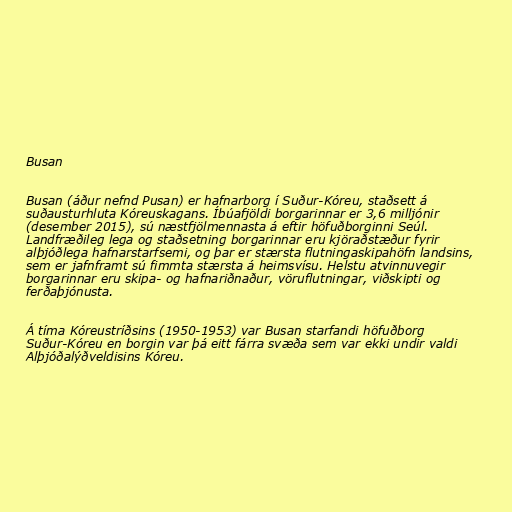
Busan

Busan (áður nefnd Pusan) er hafnarborg í Suður-Kóreu, staðsett á
suðausturhluta Kóreuskagans. Íbúafjöldi borgarinnar er 3,6 milljónir
(desember 2015), sú næstfjölmennasta á eftir höfuðborginni Seúl.
Landfræðileg lega og staðsetning borgarinnar eru kjöraðstæður fyrir
alþjóðlega hafnarstarfsemi, og þar er stærsta flutningaskipahöfn landsins,
sem er jafnframt sú fimmta stærsta á heimsvísu. Helstu atvinnuvegir
borgarinnar eru skipa- og hafnariðnaður, vöruflutningar, viðskipti og
ferðaþjónusta.

Á tíma Kóreustríðsins (1950-1953) var Busan starfandi höfuðborg
Suður-Kóreu en borgin var þá eitt fárra svæða sem var ekki undir valdi
Alþjóðalýðveldisins Kóreu.